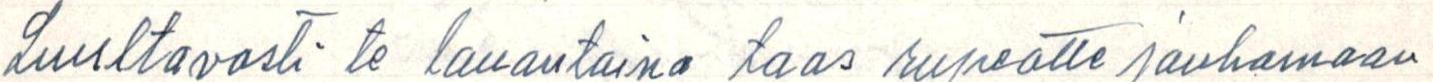
Luultavasti te lauantaina taas rupeatte jauhamaan